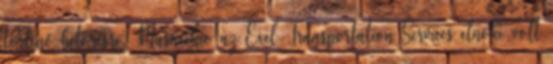
történő betörésre. Musacchio az Exel Transportation Services elnöke volt